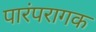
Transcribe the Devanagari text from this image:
पारंपरागक